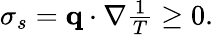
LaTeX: \begin{array}{r}{\sigma_{s}=\mathbf q\cdot\nabla\frac{1}{T}\geq 0.}\end{array}